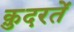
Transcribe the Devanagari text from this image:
क़ुदरतें